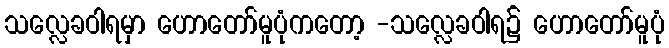
သလ္လေခဝါရမှာ ဟောတော်မူပုံကတော့ -သလ္လေခဝါရ၌ ဟောတော်မူပုံ